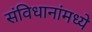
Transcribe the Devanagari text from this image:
संविधानांमध्ये